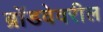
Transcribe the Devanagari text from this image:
ब्रॉडवेवरील